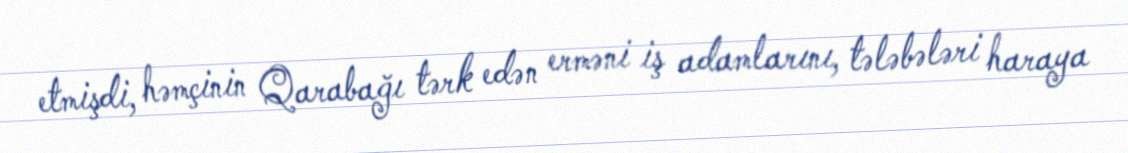
etmişdi, həmçinin Qarabağı tərk edən erməni iş adamlarını, tələbələri haraya